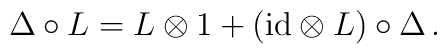
\Delta \circ L = L \otimes 1 + ({\rm id} \otimes L) \circ \Delta \, .